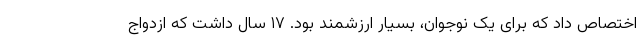
اختصاص داد که برای یک نوجوان، بسیار ارزشمند بود. ۱۷ سال داشت که ازدواج